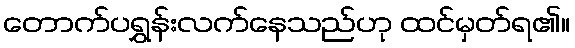
တောက်ပရွှန်းလက်နေသည်ဟု ထင်မှတ်ရ၏။